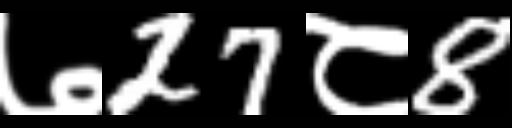
Text: ७27८8